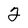
Character: 2